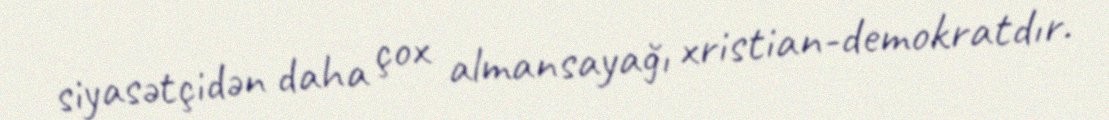
siyasətçidən daha çox almansayağı xristian-demokratdır.